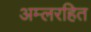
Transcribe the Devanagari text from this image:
अम्लरहित